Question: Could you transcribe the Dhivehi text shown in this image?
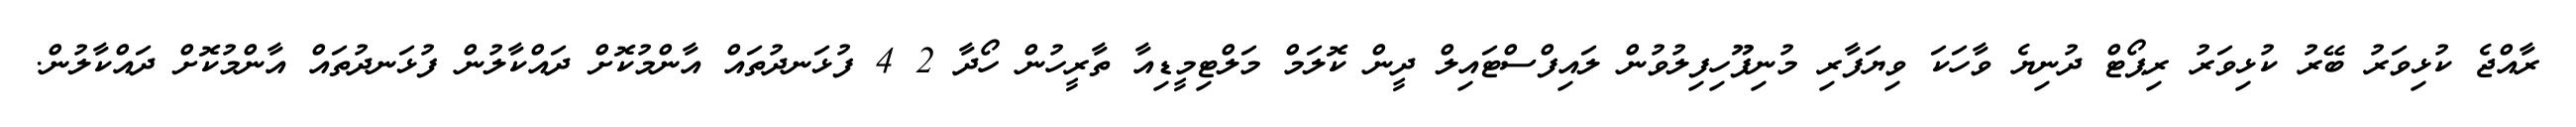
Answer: ރާއްޖެ ކުޅިވަރު ބޭރު ކުޅިވަރު ރިޕޯޓް ދުނިޔެ ވާހަކަ ވިޔަފާރި މުނިފޫހިފިލުވުން ލައިފްސްޓައިލް ދީން ކޮލަމް މަލްޓިމީޑިއާ ތާރީހުން ހޯދާ 2 4 ފުޅަނދުތައް އާންމުކޮށް ދައްކާލުން ފުޅަނދުތައް އާންމުކޮށް ދައްކާލުން.